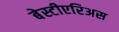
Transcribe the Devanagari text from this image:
बेस्टीएरिअस